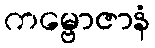
ကမ္ဗောဇာနံ